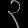
Digit: ၃